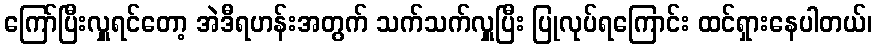
ကြော်ပြီးလှူရင်တော့ အဲဒီရဟန်းအတွက် သက်သက်လှူပြီး ပြုလုပ်ရကြောင်း ထင်ရှားနေပါတယ်၊